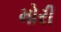
મોરી